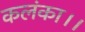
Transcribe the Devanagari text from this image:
कलंका।।